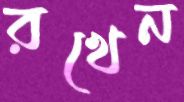
রখেন